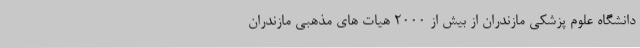
دانشگاه علوم پزشکی مازندران از بیش از 2000 هیات های مذهبی مازندران